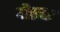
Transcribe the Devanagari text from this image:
गौसना